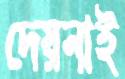
দেয়নাই